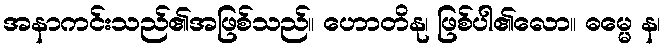
အနာကင်းသည်၏အဖြစ်သည်။ ဟောတိနု၊ ဖြစ်ပါ၏လော။ ဓမ္မေ န၊